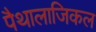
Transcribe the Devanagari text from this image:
पैथालाजिकल